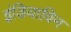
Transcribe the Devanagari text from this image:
इंडियाविन